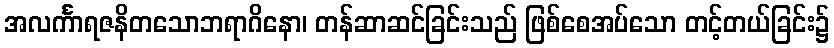
အလင်္ကာရဇနိတသောဘရာဂိနော၊ တန်ဆာဆင်ခြင်းသည် ဖြစ်စေအပ်သော တင့်တယ်ခြင်း၌